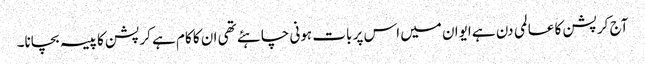
آج کرپشن کا عالمی دن ہے ایوان میں اس پر بات ہونی چاہئے تھی ان کا کام ہے کرپشن کا پیسہ بچانا۔